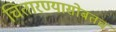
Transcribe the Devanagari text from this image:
चितारण्यासोबतच